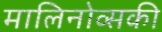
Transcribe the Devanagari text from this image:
मालिनोव्सकी